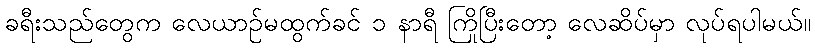
ခရီးသည်တွေက လေယာဉ်မထွက်ခင် ၁ နာရီ ကြိုပြီးတော့ လေဆိပ်မှာ လုပ်ရပါမယ်။